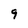
Character: 9